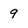
Character: 9